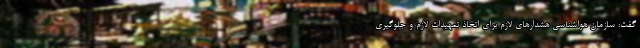
گفت: سازمان هواشناسی هشدارهای لازم برای اتخاذ تمهیدات لازم و جلوگیری